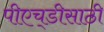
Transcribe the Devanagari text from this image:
पीएच्‌डीसाठी